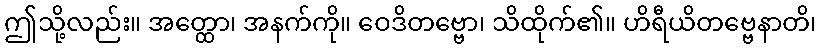
ဤသို့လည်း။ အတ္ထော၊ အနက်ကို။ ဝေဒိတဗ္ဗော၊ သိထိုက်၏။ ဟိရီယိတဗ္ဗေနာတိ၊